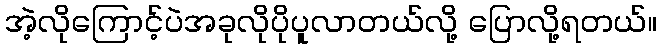
အဲ့လိုကြောင့်ပဲအခုလိုပိုပူလာတယ်လို့ ပြောလို့ရတယ်။